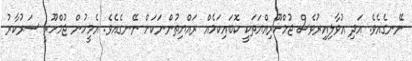
ނޭނގެއެވެ. އަދި އުވާލިއިރުވެސް ޖުމްހޫރިއްޔަތަކީ ކޮބައިކަމެއް ރައްޔިތުންނަކަށް ނޭނގެއެވެ. އެމީހުން ޖުމްހޫރީ ސަރުކާރު